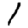
Digit: 1